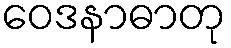
ဝေဒနာဓာတု